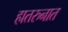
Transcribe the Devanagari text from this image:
हातरुनात